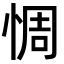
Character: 惆